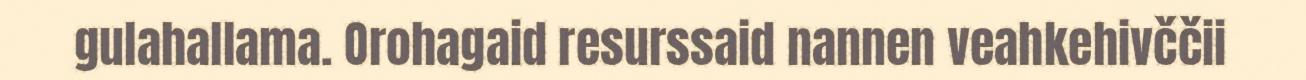
gulahallama. Orohagaid resurssaid nannen veahkehivččii